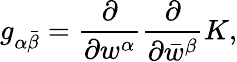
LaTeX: g_{\alpha\bar{\beta}}={\frac{\partial}{\partial w^{\alpha}}}{\frac{\partial}{\partial\bar{w}^{\beta}}}K,